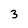
Character: 3